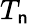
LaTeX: T_{\mathsf{n}}